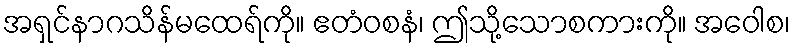
အရှင်နာဂသိန်မထေရ်ကို။ ဧတံဝစနံ၊ ဤသို့သောစကားကို။ အဝေါစ၊